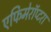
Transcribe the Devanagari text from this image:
एफिमेरॉप्टरा